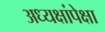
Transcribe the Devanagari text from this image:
अध्यक्षांपेक्षा